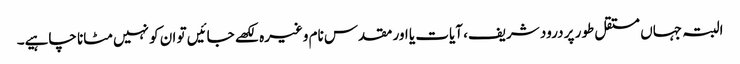
البتہ جہاں مستقل طور پر درود شریف، آیات یا اور مقدس نام وغیرہ لکھے جائیں تو ان کو نہیں مٹانا چاہیے۔